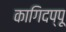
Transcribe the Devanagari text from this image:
कागिदप्पू